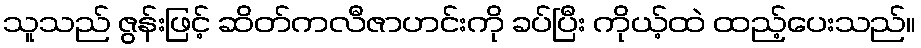
သူသည် ဇွန်းဖြင့် ဆိတ်ကလီဇာဟင်းကို ခပ်ပြီး ကိုယ့်ထဲ ထည့်ပေးသည်။